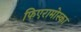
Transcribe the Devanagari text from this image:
फिएरामोस्का